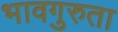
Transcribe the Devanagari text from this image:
भावगुरुता